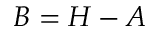
B = H - A